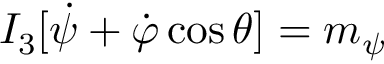
I _ { 3 } [ \dot { \psi } + \dot { \varphi } \cos \theta ] = m _ { \psi }